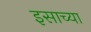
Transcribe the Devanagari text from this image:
इसाच्या